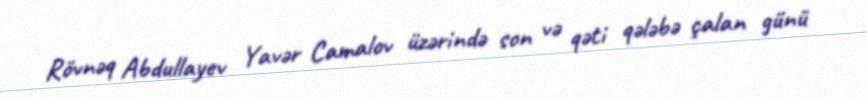
Rövnəq Abdullayev Yavər Camalov üzərində son və qəti qələbə çalan günü